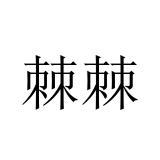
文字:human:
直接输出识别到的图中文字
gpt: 棘棘